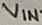
Text: VIN